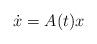
LaTeX: \begin{align*}\dot{x} = A(t)x\end{align*}